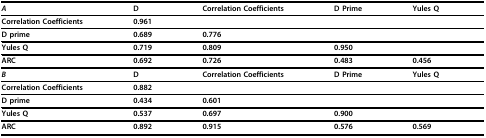
<table><thead><tr><td><b><i>A</i></b></td><td><b>D</b></td><td><b>Correlation Coefficients</b></td><td><b>D Prime</b></td><td><b>Yules Q</b></td></tr></thead><tbody><tr><td><b>Correlation Coefficients</b></td><td><b>0.961</b></td><td></td><td></td><td></td></tr><tr><td><b>D prime</b></td><td><b>0.689</b></td><td><b>0.776</b></td><td></td><td></td></tr><tr><td><b>Yules Q</b></td><td><b>0.719</b></td><td><b>0.809</b></td><td><b>0.950</b></td><td></td></tr><tr><td><b>ARC</b></td><td><b>0.692</b></td><td><b>0.726</b></td><td><b>0.483</b></td><td><b>0.456</b></td></tr><tr><td><b><i>B</i></b></td><td><b>D</b></td><td><b>Correlation Coefficients</b></td><td><b>D Prime</b></td><td><b>Yules Q</b></td></tr><tr><td><b>Correlation Coefficients</b></td><td><b>0.882</b></td><td></td><td></td><td></td></tr><tr><td><b>D prime</b></td><td><b>0.434</b></td><td><b>0.601</b></td><td></td><td></td></tr><tr><td><b>Yules Q</b></td><td><b>0.537</b></td><td><b>0.697</b></td><td><b>0.900</b></td><td></td></tr><tr><td><b>ARC</b></td><td><b>0.892</b></td><td><b>0.915</b></td><td><b>0.576</b></td><td><b>0.569</b></td></tr></tbody></table>